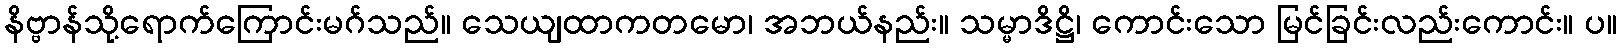
နိဗ္ဗာန်သို့ရောက်ကြောင်းမဂ်သည်။ သေယျထာကတမော၊ အဘယ်နည်း။ သမ္မာဒိဋ္ဌိ၊ ကောင်းသော မြင်ခြင်းလည်းကောင်း။ ပ။